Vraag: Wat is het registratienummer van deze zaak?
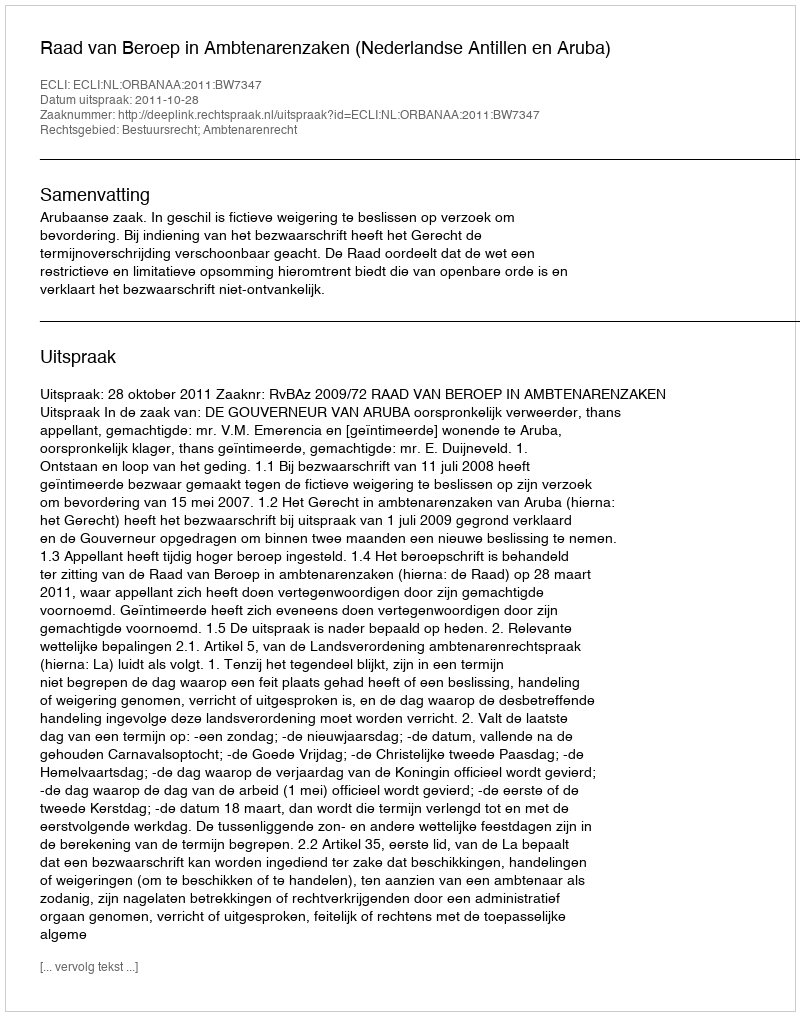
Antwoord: http://deeplink.rechtspraak.nl/uitspraak?id=ECLI:NL:ORBANAA:2011:BW7347